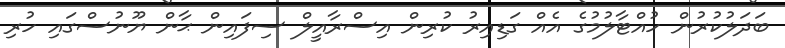
ބަދަލުކުރުން ހުއްޓާލުމުގެ އެއް ގަޑިއިރު ކުރިން އިސްރާއީލް ސިފައިން ޙާން ޔޫނުސްގައި ހުރި